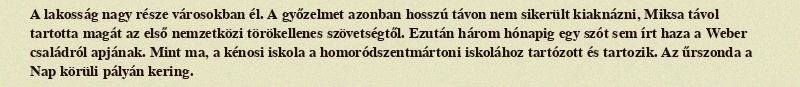
A lakosság nagy része városokban él. A győzelmet azonban hosszú távon nem sikerült kiaknázni, Miksa távol tartotta magát az első nemzetközi törökellenes szövetségtől. Ezután három hónapig egy szót sem írt haza a Weber családról apjának. Mint ma, a kénosi iskola a homoródszentmártoni iskolához tartózott és tartozik. Az űrszonda a Nap körüli pályán kering.